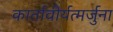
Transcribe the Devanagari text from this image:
कार्तावीर्यत्मर्जुना